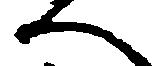
へ